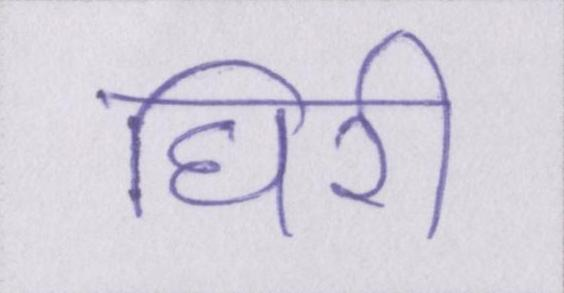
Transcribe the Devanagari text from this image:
घिरी